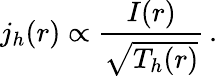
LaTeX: j_{h}(r)\propto\frac{I(r)}{\sqrt{T_{h}(r)}}\, .